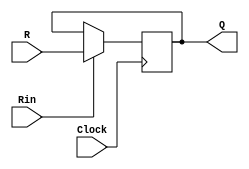
/*
Recebe um R de 16 bits, um habilita leitura, o clock e forbece uma saida de 16 bits 
*/
module regn(R, Rin, Clock, Q);
	parameter n = 16;
	input [n-1:0] R;
	input Rin, Clock;
	output reg [n-1:0] Q;
	
	initial begin
		Q<=0;
	end
	
	always @(posedge Clock)
		if (Rin)
			Q <= R;
endmodule